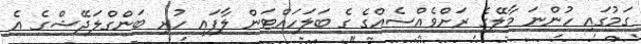
ގަމުގައި ހުންނަ މާލޭގެ ރަށްވެއްސެއްގެ ގެ ބަލަހައްޓަން ލާފައި ހުރި ބަންގްލަދޭޝްގެ އެ